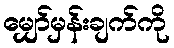
မျှော်မှန်းချက်ကို